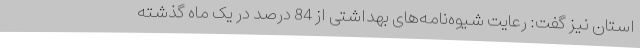
استان نیز گفت: رعایت شیوه‌نامه‌های بهداشتی از 84 درصد در یک ماه گذشته